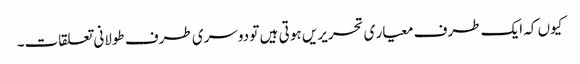
کیوں کہ ایک طرف معیار ی تحریریں ہو تی ہیں تو دوسری طرف طولانی تعلقات۔